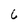
Character: 6